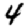
Digit: 4